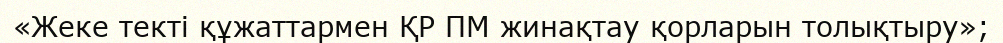
«Жеке текті құжаттармен ҚР ПМ жинақтау қорларын толықтыру»;